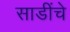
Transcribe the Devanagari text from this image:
साडींचे